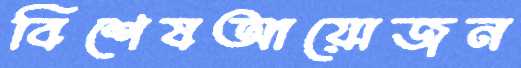
বিশেষআয়োজন